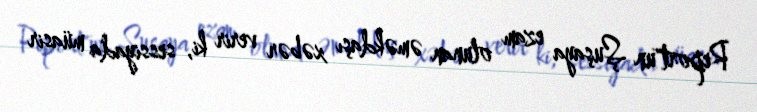
Report"un Şuşaya ezam olunan əməkdaşı xəbər verir ki, sessiyada müasir